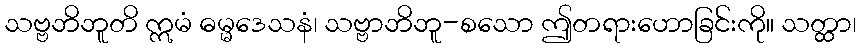
သဗ္ဗဘိဘူတိ ဣမံ ဓမ္မဒေသနံ၊ သဗ္ဗာဘိဘူ-စသော ဤတရားဟောခြင်းကို။ သတ္ထာ၊